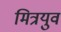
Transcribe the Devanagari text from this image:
मित्रयुव